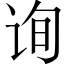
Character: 询